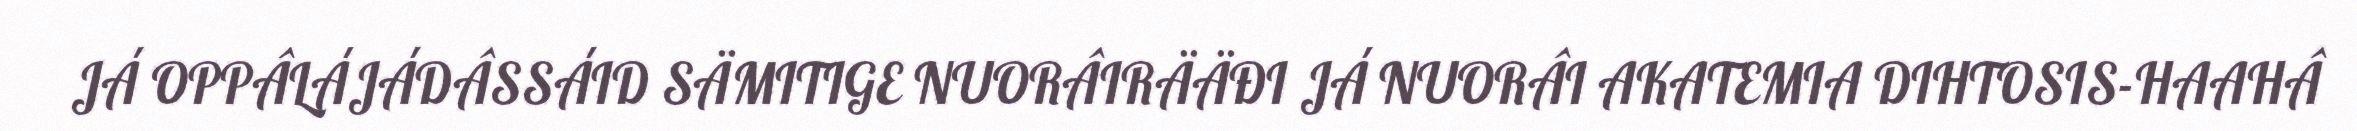
JÁ OPPÂLÁJÁDÂSSÁID SÄMITIGE NUORÂIRÄÄĐI JÁ NUORÂI AKATEMIA DIHTOSIS-HAAHÂ